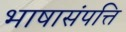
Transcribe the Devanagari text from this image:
भाषासंपत्ति